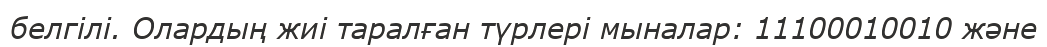
белгілі. Олардың жиі таралған түрлері мыналар: 11100010010 және